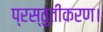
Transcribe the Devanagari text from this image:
प्रस्तुतीकरण।